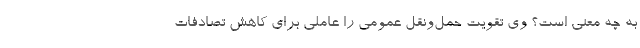
به چه معنی است؟ وی تقویت حمل‌ونقل عمومی را عاملی برای کاهش تصادفات